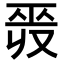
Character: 𢀣